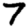
Digit: 7